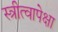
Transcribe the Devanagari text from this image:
स्त्रीत्वापेक्षा